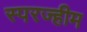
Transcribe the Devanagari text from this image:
स्परज्हीम